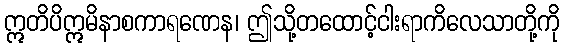
ဣတိပိဣမိနာစကာရဏေန၊ ဤသို့တထောင့်ငါးရာကိလေသာတို့ကို